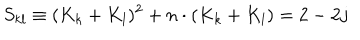
S _ { k l } \equiv ( K _ { k } + K _ { l } ) ^ { 2 } + n \cdot ( K _ { k } + K _ { l } ) = 2 - 2 j